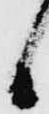
候